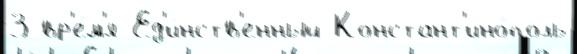
3 вр'е́м'я Ед'и́нств'енный Констант'ино́поль